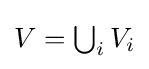
{\textstyle V=\bigcup _{i}V_{i}}